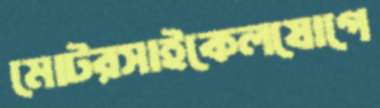
মোটরসাইকেলযোগে